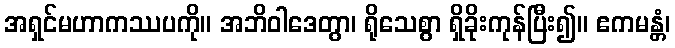
အရှင်မဟာကဿပကို။ အဘိဝါဒေတွာ၊ ရိုသေစွာ ရှိခိုးကုန်ပြီး၍။ ဧကမန္တံ၊